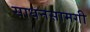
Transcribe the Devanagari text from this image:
साधनसामगी